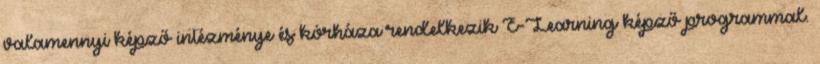
valamennyi képző intézménye és kórháza rendelkezik E-Learning képző programmal.